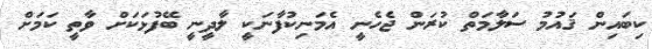
ކިބައިން ޤައުމު ސަލާމަތް ކުރަން ޖެހެނީ އެމަނިކުފާނަކީ ލާދީނީ ބޭފުޅަކަށް ވާތީ ކަމަށް